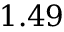
1 . 4 9